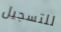
للتسجيل